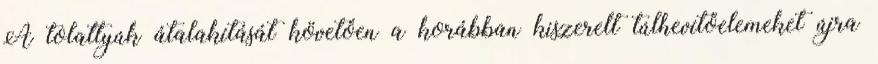
A tolattyúk átalakítását követően a korábban kiszerelt túlhevítőelemeket újra